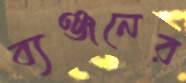
ব্যঞ্জনের